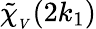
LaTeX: \mathinner{\tilde{\chi}_{_V}\mathopen{\left(2k_{1}\right)}}